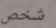
شخص